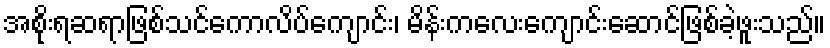
အစိုးရဆရာဖြစ်သင်ကောလိပ်ကျောင်း၊ မိန်းကလေးကျောင်းဆောင်ဖြစ်ခဲ့ဖူးသည်။